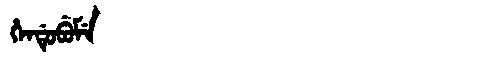
Manchu: ᡥᡝᠨᡩᡠᠪᡠᠮᡝ
Romanization: HENDUBUME